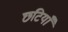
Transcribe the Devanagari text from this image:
छटियाँ